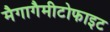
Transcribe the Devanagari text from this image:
मैगागैमीटोफाइट